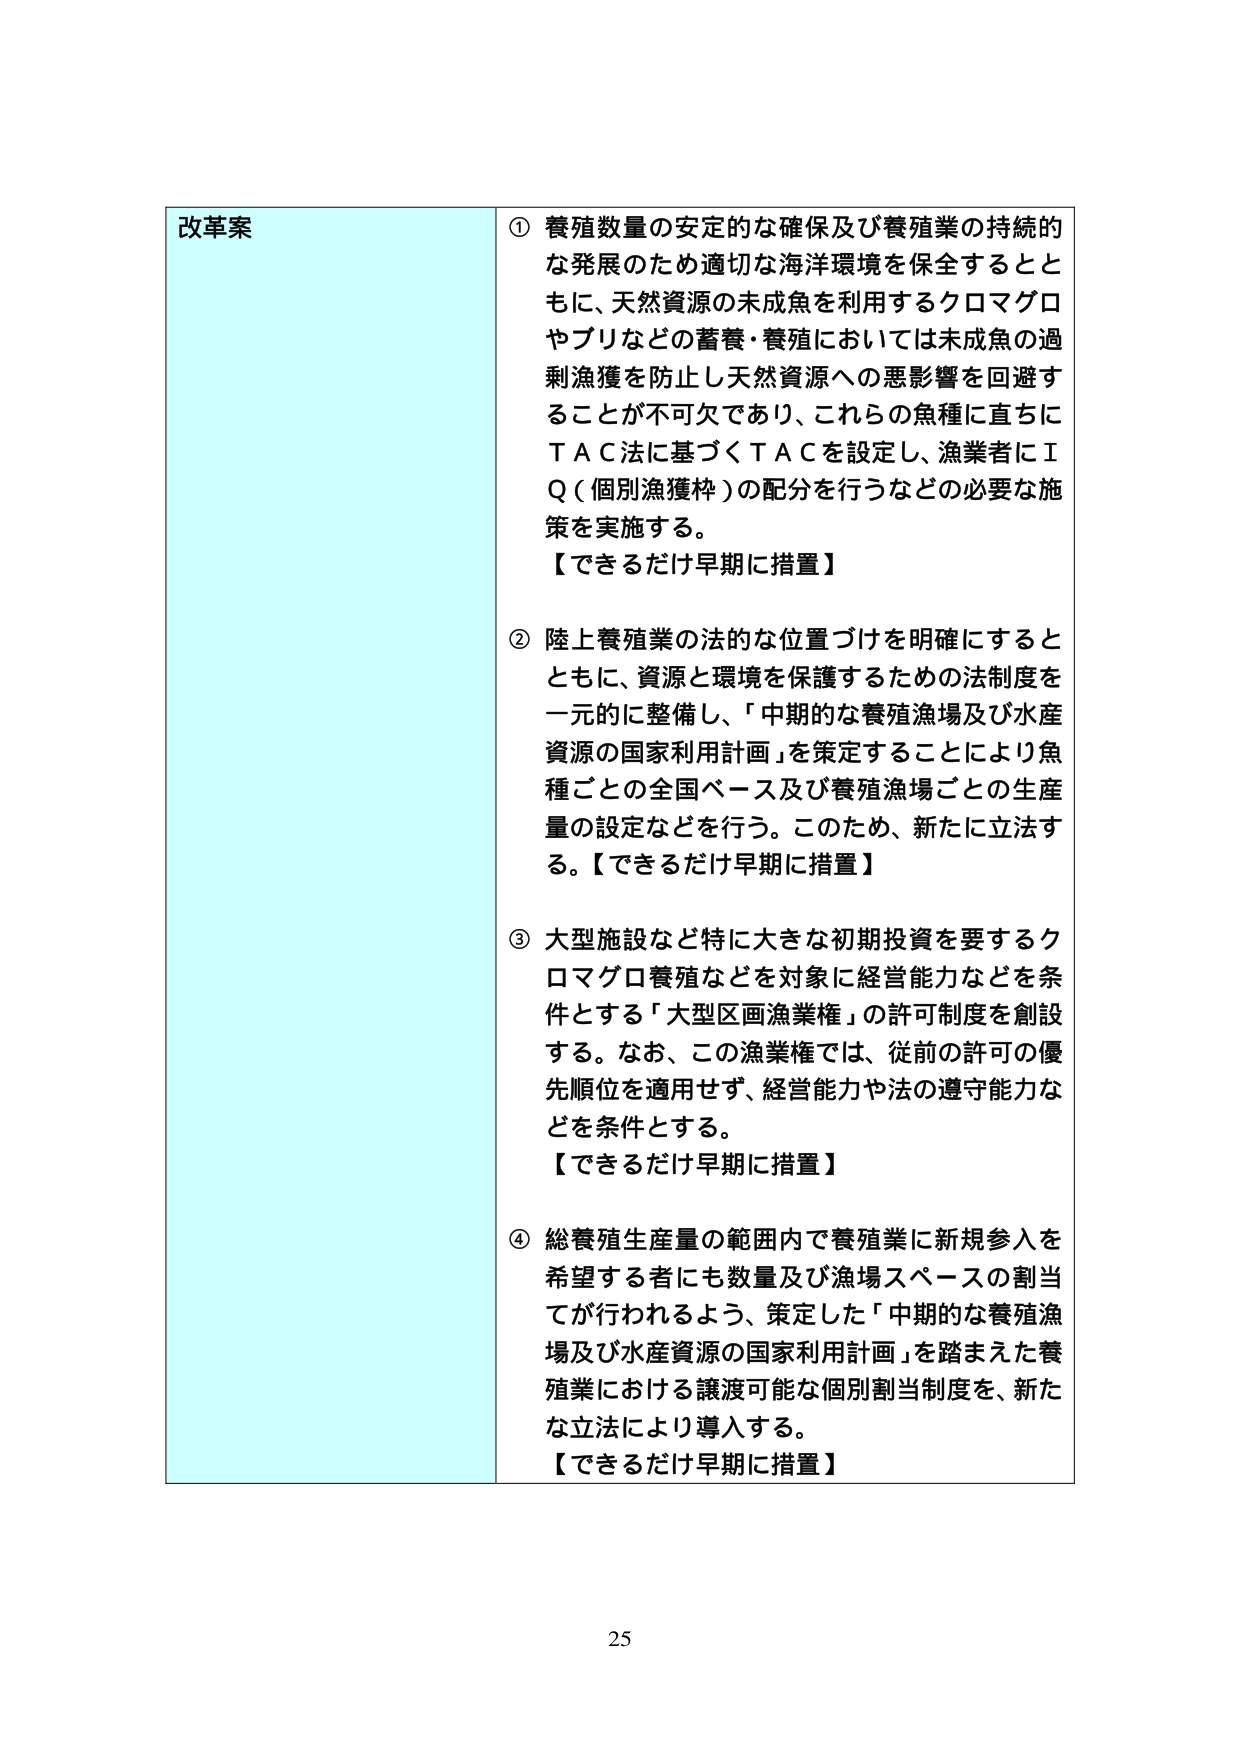
改革案

① 養殖数量の安定的な確保及び養殖業の持続的な発展のため適切な海洋環境を保全するとともに、天然資源の未成魚を利用するクロマグロやブリなどの蓄養・養殖においては未成魚の過剰漁獲を防止し天然資源への悪影響を回避することが不可欠であり、これらの魚種に直ちにＴＡＣ法に基づくＴＡＣを設定し、漁業者にＩＱ（個別漁獲枠）の配分を行うなどの必要な施策を実施する。
【できるだけ早期に措置】

② 陸上養殖業の法的な位置づけを明確にするとともに、資源と環境を保護するための法制度を一元的に整備し、「中期的な養殖漁場及び水産資源の国家利用計画」を策定することにより魚種ごとの全国ベース及び養殖漁場ごとの生産量の設定などを行う。このため、新たに立法する。【できるだけ早期に措置】

③ 大型施設など特に大きな初期投資を要するクロマグロ養殖などを対象に経営能力などを条件とする「大型区画漁業権」の許可制度を創設する。なお、この漁業権では、従前の許可の優先順位を適用せず、経営能力や法の遵守能力などを条件とする。
【できるだけ早期に措置】

④ 総養殖生産量の範囲内で養殖業に新規参入を希望する者にも数量及び漁場スペースの割当てが行われるよう、策定した「中期的な養殖漁場及び水産資源の国家利用計画」を踏まえた養殖業における譲渡可能な個別割当制度を、新たな立法により導入する。
【できるだけ早期に措置】

25